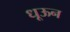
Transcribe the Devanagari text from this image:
धूऊन